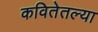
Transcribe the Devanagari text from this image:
कवितेतल्या